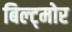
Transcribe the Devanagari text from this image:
बिल्ट्मोर